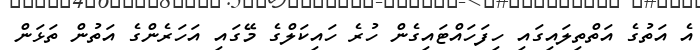
އެ އަތުގެ އަތްތިލައިގައި ހިފަހައްޓައިގެން ހުރެ ހައިކަލްގެ މޭގައި އަހަރެންގެ އަތުން ތަޅަން